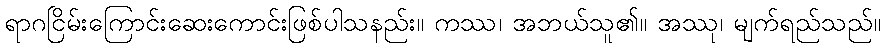
ရာဂငြိမ်းကြောင်းဆေးကောင်းဖြစ်ပါသနည်း။ ကဿ၊ အဘယ်သူ၏။ အဿု၊ မျက်ရည်သည်။